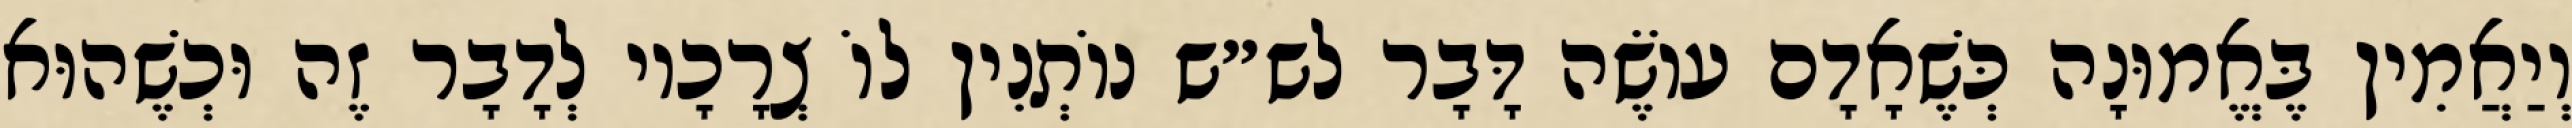
וְיַאֲמִין בֶּאֱמוּנָה כְּשֶׁאָדָם עוֹשֶׂה דָּבָר לש״ש נוֹתְנִין לוֹ צְרָכָיו לְדָבָר זֶה וּכְשֶׁהוּא